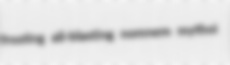
frosting all-blasting nomnem mythoi